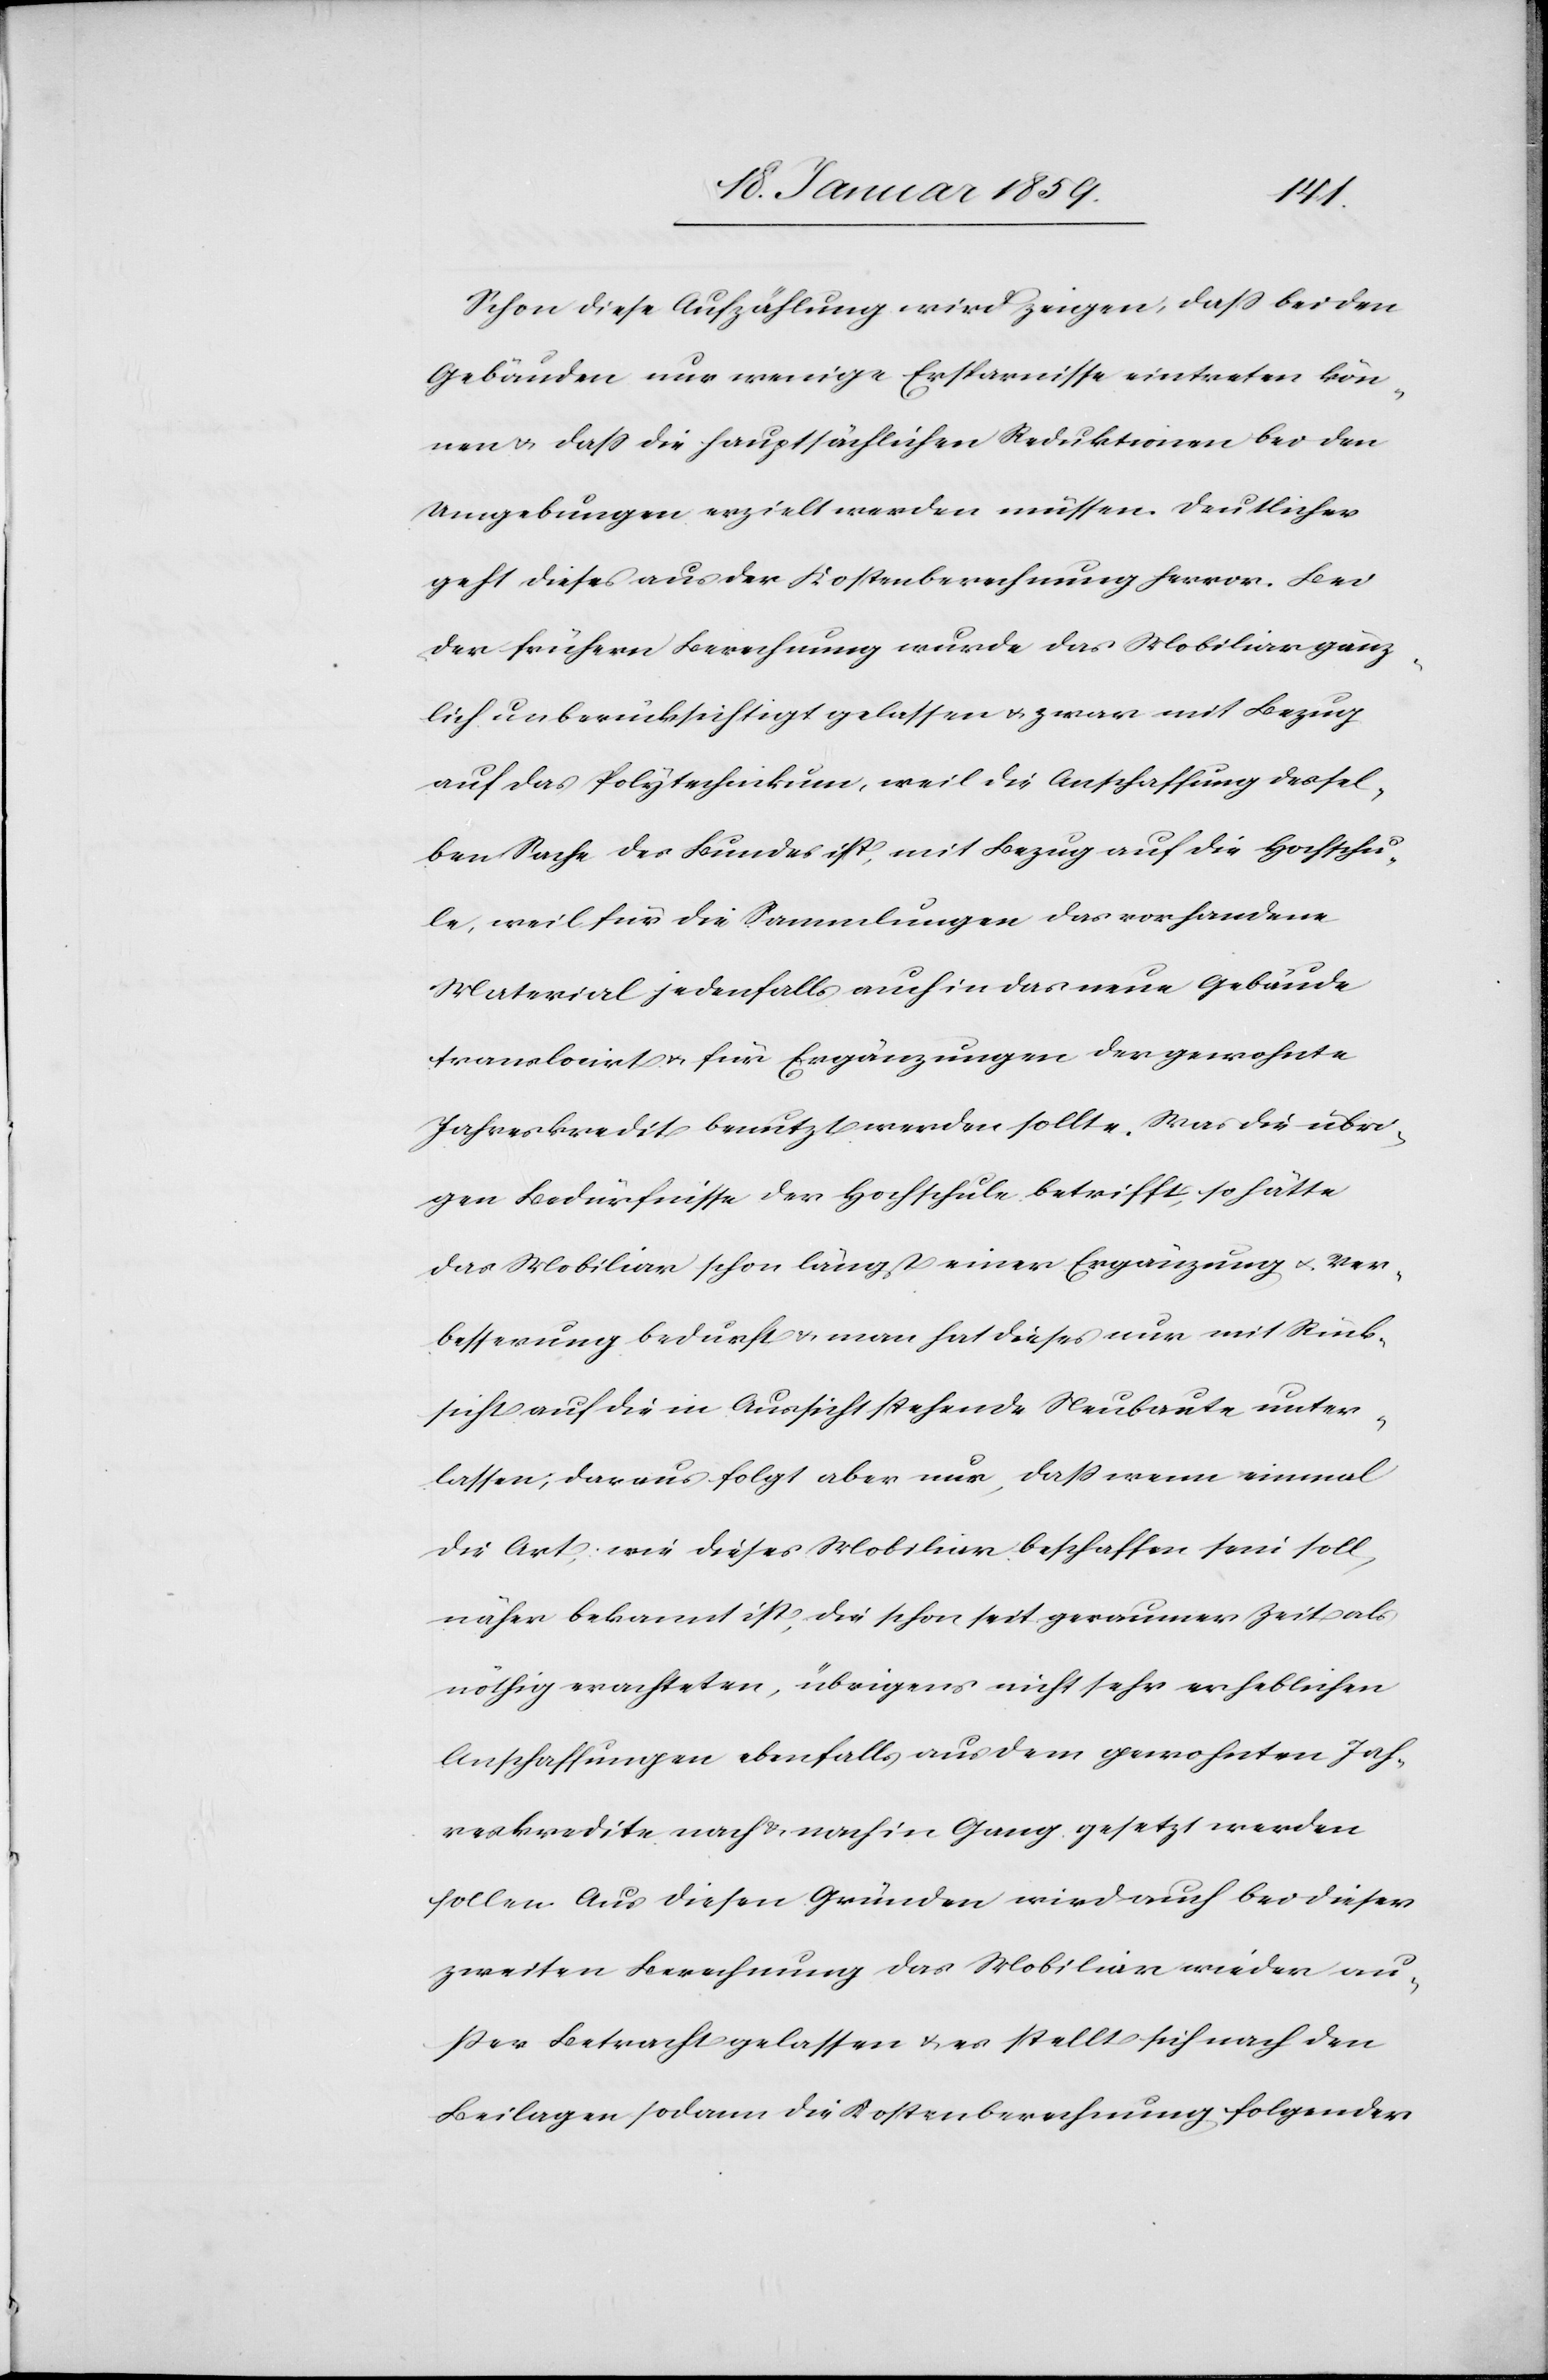
Schon diese Aufzählung wird zeigen, daß bei den
Gebäuden nur wenige Ersparnisse eintreten kön¬
nen u. daß die hauptsächlichen Reduktionen bei den
Umgebungen erzielt werden müssen. Deutlicher
geht dieses aus der Kostenberechnung hervor. Bei
der frühern Berechnung wurde das Mobiliar gänz¬
lich unberücksichtigt gelassen u. zwar mit Bezug
auf das Polytechnikum, weil die Anschaffung dessel¬
ben Sache des Bundes ist, mit Bezug auf die Hochschu¬
le, weil für die Sammlungen das vorhandene
Material jedenfalls auch in das neue Gebäude
translocirt u. für Ergänzungen der gewohnte
Jahreskredit benutzt werden sollte. Was die übri¬
gen Bedürfnisse der Hochschule betrifft, so hätte
das Mobiliar schon längst einer Ergänzung u. Ver¬
besserung bedurft u. man hat dieses nur mit Rück¬
sicht auf die in Aussicht stehende Neubaute unter¬
lassen; daraus folgt aber nur, daß wenn einmal
die Art, wie dieses Mobiliar beschaffen sein soll,
näher bekannt ist, die schon seit geraumer Zeit als
nöthig erachteten, übrigens nicht sehr erheblichen
Anschaffungen ebenfalls aus dem gewohnten Jah¬
reskredite nach u. nach in Gang gesetzt werden
sollen. Aus diesen Gründen wird auch bei dieser
zweiten Berechnung das Mobiliar wieder au¬
ßer Betracht gelassen u. es stellt sich nach den
Beilagen sodann die Kostenberechnung folgender